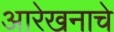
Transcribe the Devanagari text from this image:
आरेखनाचे